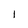
Character: 1